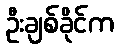
ဦးချစ်ခိုင်က